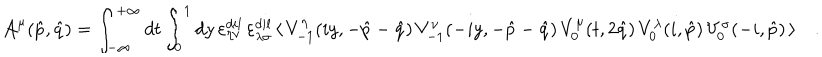
{ \cal A } ^ { \mu } ( \hat { p } , \hat { q } ) = \int _ { - \infty } ^ { + \infty } d t \int _ { 0 } ^ { 1 } d y \, \varepsilon _ { \eta \nu } ^ { d i l } \, \varepsilon _ { \lambda \sigma } ^ { d i l } \, \langle \, V _ { - 1 } ^ { \eta } ( i y , - \hat { p } - \hat { q } ) \, V _ { - 1 } ^ { \nu } ( - i y , - \hat { p } - \hat { q } ) \, V _ { 0 } ^ { \mu } ( t , 2 \hat { q } ) \, V _ { 0 } ^ { \lambda } ( i , \hat { p } ) \, V _ { 0 } ^ { \sigma } ( - i , \hat { p } ) \, \rangle \quad .